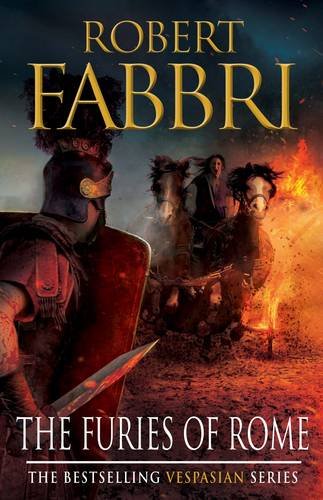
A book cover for The Furies of Rome (VESPASIAN); Robert Fabbri; Literature & Fiction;